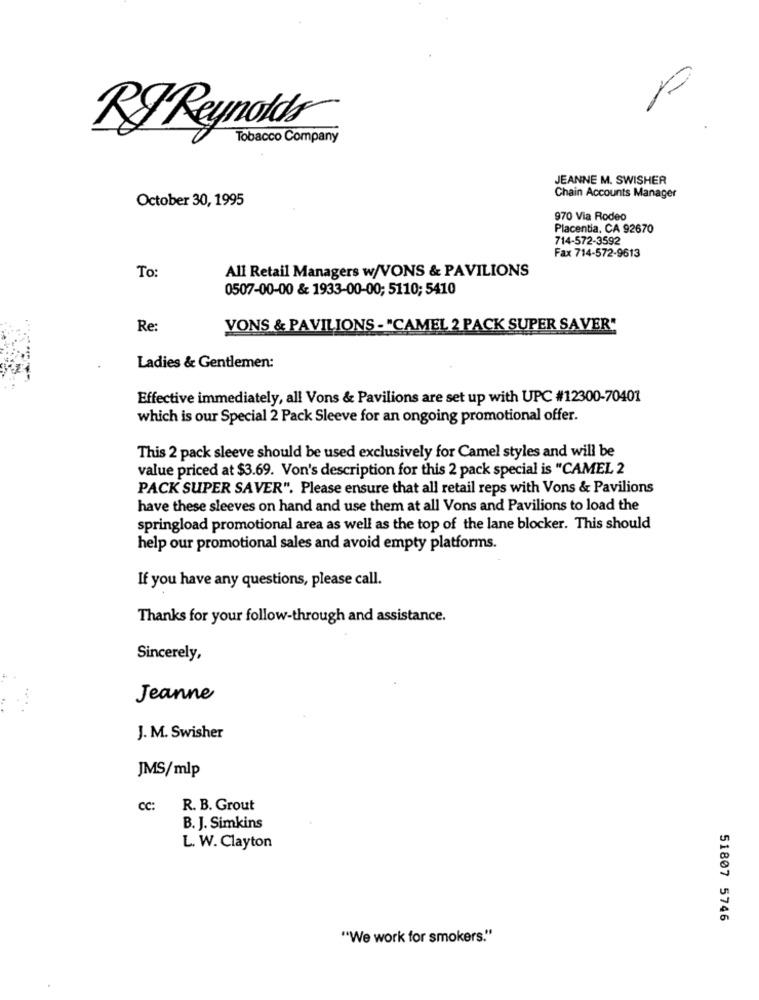
RF Reynolds
Tobacco Company
JEANNE M. SWISHER
October 30, 1995
Chain Accounts Manager
970 Via Rodeo
Placentia, CA 92670
714-572-3592
Fax 714-572-9613
All Retail Managers w/VONS & PAVILIONS
To:
0507-00-00 & 1933-00-00; 5110; 5410
Re:
VONS & PAVILIONS -"CAMEL 2 PACK SUPER SAVER"
Ladies & Gentlemen:
Effective immediately, all Vons & Pavilions are set up with UPC #12300-70401
which is our Special 2 Pack Sleeve for an ongoing promotional offer.
This 2 pack sleeve should be used exclusively for Camel styles and will be
value priced at $3.69. Von's description for this 2 pack special is "CAMEL 2
PACK SUPER SAVER". Please ensure that all retail reps with Vons & Pavilions
have these sleeves on hand and use them at all Vons and Pavilions to load the
springload promotional area as well as the top of the lane blocker. This should
help our promotional sales and avoid empty platforms.
If you have any questions, please call.
Thanks for your follow-through and assistance.
Sincerely,
Jeanne
J. M. Swisher
JMS/mlp
cc: R. B. Grout
B. J. Simkins
L. W. Clayton
51807 5746
"We work for smokers."